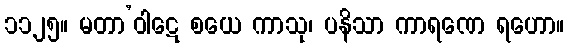
၁၁၂၅။ မတာ’ဝါဋေ စယေ ကာသု၊ ပနိသာ ကာရဏေ ရဟော။